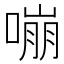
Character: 嘣